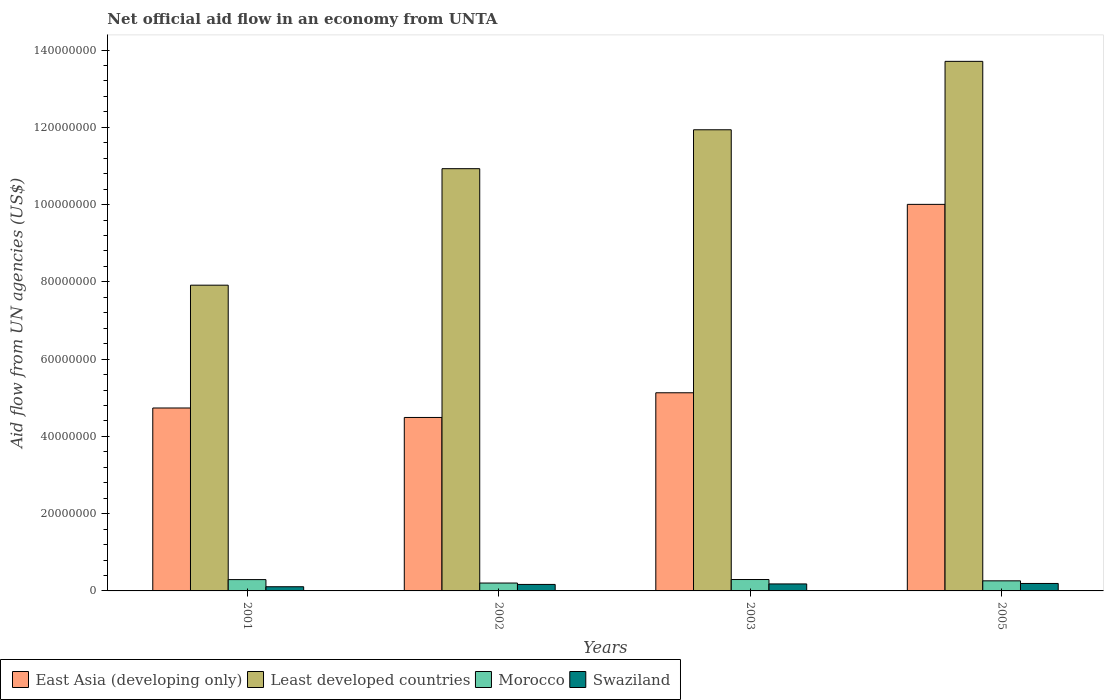
| Years | East Asia (developing only) | Least developed countries | Morocco | Swaziland |
 | --- | --- | --- | --- | --- |
 | 2001 | 4.74e+07 | 7.91e+07 | 2.93e+06 | 1.08e+06 |
 | 2002 | 4.49e+07 | 1.09e+08 | 2.04e+06 | 1.68e+06 |
 | 2003 | 5.13e+07 | 1.19e+08 | 2.95e+06 | 1.81e+06 |
 | 2005 | 1e+08 | 1.37e+08 | 2.61e+06 | 1.93e+06 |